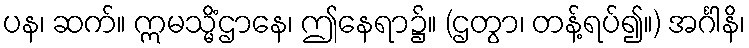
ပန၊ ဆက်။ ဣမသ္မိံဌာနေ၊ ဤနေရာ၌။ (ဌတွာ၊ တန့်ရပ်၍။) အင်္ဂါနိ၊